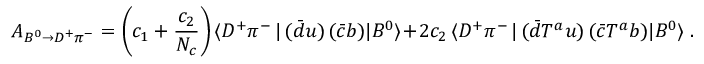
A _ { B ^ { 0 } \to D ^ { + } \pi ^ { - } } = \left( c _ { 1 } + \frac { c _ { 2 } } { N _ { c } } \right) \langle D ^ { + } \pi ^ { - } \, | \, ( \bar { d } u ) \, ( \bar { c } b ) | B ^ { 0 } \rangle + 2 c _ { 2 } \, \langle D ^ { + } \pi ^ { - } \, | \, ( \bar { d } T ^ { a } u ) \, ( \bar { c } T ^ { a } b ) | B ^ { 0 } \rangle \ .